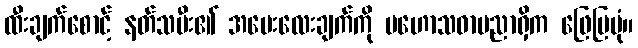
ထီးချက်စောင့် နတ်သမီး၏ အမေးလေးချက်ကို မဟောသဓာပညာရှိက ဖြေပြပုံ။